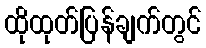
ထိုထုတ်ပြန်ချက်တွင်